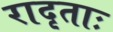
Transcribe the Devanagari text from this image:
रादृताः